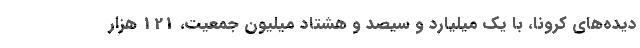
‌دیده‌های کرونا، با یک میلیارد و سیصد و هشتاد میلیون جمعیت، 121 هزار